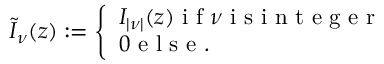
\begin{array} { r } { \tilde { I } _ { \nu } ( z ) : = \left\{ \begin{array} { l l } { I _ { | \nu | } ( z ) \mathrm { ~ i ~ f ~ } \nu \mathrm { ~ i ~ s ~ i ~ n ~ t ~ e ~ g ~ e ~ r ~ } } \\ { 0 \mathrm { ~ e ~ l ~ s ~ e ~ . ~ } } \end{array} \right. } \end{array}